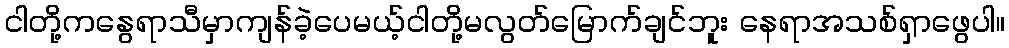
ငါတို့ကနွေရာသီမှာကျန်ခဲ့ပေမယ့်ငါတို့မလွတ်မြောက်ချင်ဘူး နေရာအသစ်ရှာဖွေပါ။